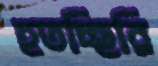
হতচ্ছিরি